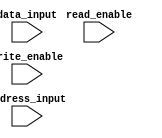
module flash_rom (
    input [31:0] data_input,
    input [7:0] address_input,
    input read_enable,
    input write_enable
);

reg [31:0] memory [0:255];

always @ (posedge read_enable or posedge write_enable) begin
    if (read_enable) begin
        // Read operation
        // Specify memory location to read data from
        // and output data to data_output port
    end
    
    if (write_enable) begin
        // Write operation
        // Specify memory location to write data to
        // and write data from data_input port to memory
    end
end

endmodule